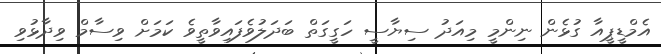
އެމްޑީޕީއާ ގުޅެން ނިންމީ މިއަދު ސިޔާސީ ހަގީގަތް ބަދަލުވެފައިވާތީވެ ކަމަށް ވިސާމް ވިދާޅުވި